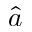
\hat { a }